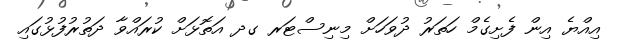
އިއްޔެ އިން ފެށިގެމް ހަތަރު ދުވަހަށް މިނިސްޓަރ ގދ އަތޮޅަށް ކުރައްވާ ދަތުރުފުޅުގައި